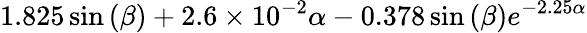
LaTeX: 1.825\sin{\left(\beta\right)}+2.6\times 10^{-2}\alpha-0.378\sin{\left(\beta\right)}e^{-2.25\alpha}